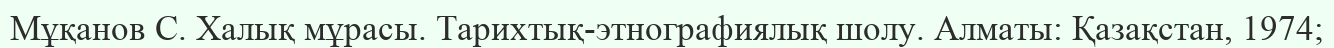
Мұқанов С. Халық мұрасы. Тарихтық-этнографиялық шолу. Алматы: Қазақстан, 1974;